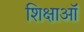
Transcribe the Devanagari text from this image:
शिक्षाऑ